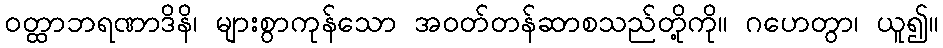
ဝတ္ထာဘရဏာဒိနိ၊ များစွာကုန်သော အဝတ်တန်ဆာစသည်တို့ကို။ ဂဟေတွာ၊ ယူ၍။